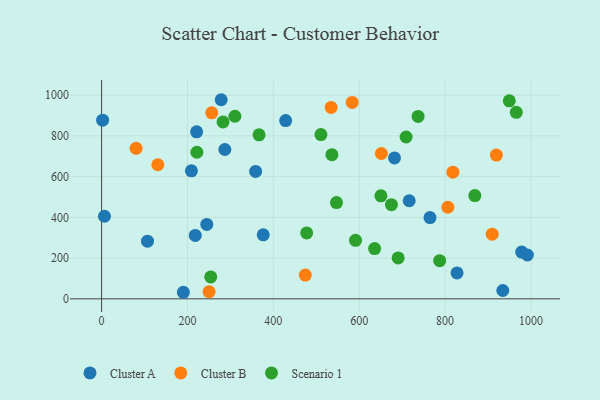
{"axis": {"x": "Distance", "y": "Profit"}, "legend": ["Cluster A", "Cluster B", "Scenario 1"], "data": [{"x": "827.8", "y": 127.3, "type": "Cluster A"}, {"x": "764.8", "y": 399.0, "type": "Cluster A"}, {"x": "209.2", "y": 628.4, "type": "Cluster A"}, {"x": "278.5", "y": 977.4, "type": "Cluster A"}, {"x": "221.3", "y": 819.7, "type": "Cluster A"}, {"x": "428.7", "y": 875.2, "type": "Cluster A"}, {"x": "245.0", "y": 365.5, "type": "Cluster A"}, {"x": "934.4", "y": 40.8, "type": "Cluster A"}, {"x": "2.4", "y": 877.2, "type": "Cluster A"}, {"x": "6.7", "y": 405.3, "type": "Cluster A"}, {"x": "190.4", "y": 32.2, "type": "Cluster A"}, {"x": "287.1", "y": 733.0, "type": "Cluster A"}, {"x": "978.4", "y": 229.5, "type": "Cluster A"}, {"x": "376.4", "y": 314.0, "type": "Cluster A"}, {"x": "716.4", "y": 481.4, "type": "Cluster A"}, {"x": "358.7", "y": 625.6, "type": "Cluster A"}, {"x": "991.6", "y": 215.2, "type": "Cluster A"}, {"x": "682.1", "y": 691.7, "type": "Cluster A"}, {"x": "106.9", "y": 283.1, "type": "Cluster A"}, {"x": "218.1", "y": 311.4, "type": "Cluster A"}, {"x": "131.0", "y": 658.3, "type": "Cluster B"}, {"x": "250.3", "y": 35.3, "type": "Cluster B"}, {"x": "583.5", "y": 964.2, "type": "Cluster B"}, {"x": "256.5", "y": 912.9, "type": "Cluster B"}, {"x": "651.6", "y": 713.4, "type": "Cluster B"}, {"x": "534.6", "y": 939.5, "type": "Cluster B"}, {"x": "909.7", "y": 317.3, "type": "Cluster B"}, {"x": "806.4", "y": 449.5, "type": "Cluster B"}, {"x": "80.3", "y": 738.9, "type": "Cluster B"}, {"x": "818.1", "y": 621.9, "type": "Cluster B"}, {"x": "919.4", "y": 705.5, "type": "Cluster B"}, {"x": "474.4", "y": 116.6, "type": "Cluster B"}, {"x": "787.3", "y": 187.3, "type": "Scenario 1"}, {"x": "366.7", "y": 805.2, "type": "Scenario 1"}, {"x": "254.2", "y": 107.7, "type": "Scenario 1"}, {"x": "869.3", "y": 506.8, "type": "Scenario 1"}, {"x": "709.2", "y": 794.4, "type": "Scenario 1"}, {"x": "221.9", "y": 719.5, "type": "Scenario 1"}, {"x": "536.4", "y": 707.7, "type": "Scenario 1"}, {"x": "635.8", "y": 246.9, "type": "Scenario 1"}, {"x": "547.0", "y": 472.3, "type": "Scenario 1"}, {"x": "510.8", "y": 806.2, "type": "Scenario 1"}, {"x": "310.4", "y": 896.2, "type": "Scenario 1"}, {"x": "675.0", "y": 462.0, "type": "Scenario 1"}, {"x": "949.5", "y": 971.9, "type": "Scenario 1"}, {"x": "282.8", "y": 868.6, "type": "Scenario 1"}, {"x": "591.4", "y": 287.0, "type": "Scenario 1"}, {"x": "477.6", "y": 323.6, "type": "Scenario 1"}, {"x": "650.5", "y": 505.8, "type": "Scenario 1"}, {"x": "737.1", "y": 895.3, "type": "Scenario 1"}, {"x": "965.8", "y": 915.6, "type": "Scenario 1"}, {"x": "690.6", "y": 200.7, "type": "Scenario 1"}]}